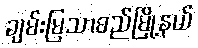
ချမ်းမြသာစည်မြို့နယ်